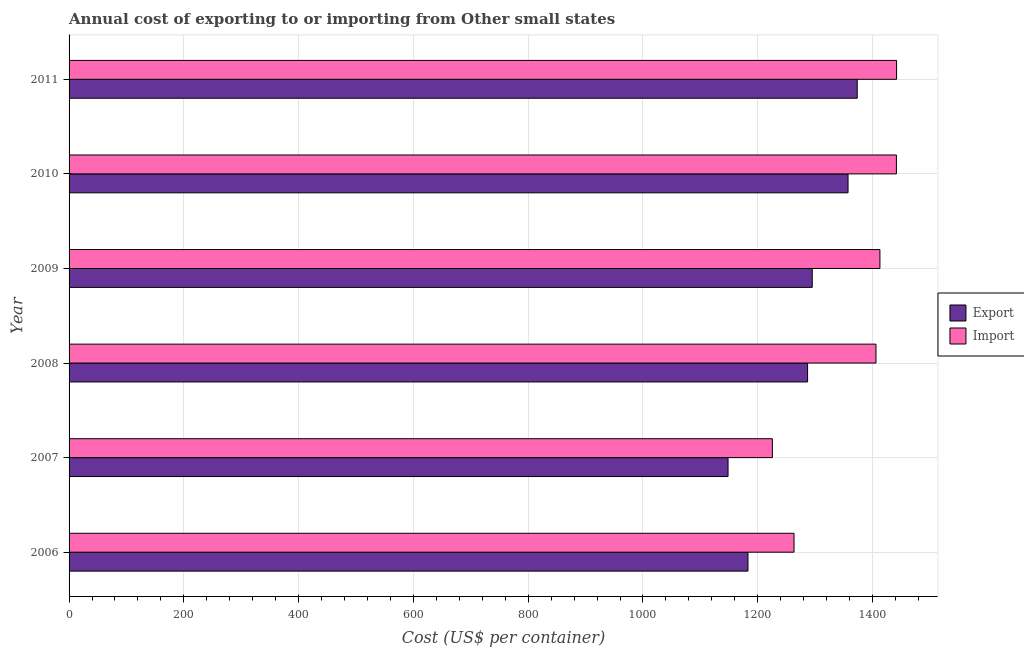
| Year | Export | Import |
 | --- | --- | --- |
 | 2006 | 1.18e+03 | 1.26e+03 |
 | 2007 | 1.15e+03 | 1.23e+03 |
 | 2008 | 1.29e+03 | 1.41e+03 |
 | 2009 | 1.3e+03 | 1.41e+03 |
 | 2010 | 1.36e+03 | 1.44e+03 |
 | 2011 | 1.37e+03 | 1.44e+03 |